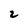
Character: 2